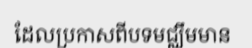
ដែលប្រកាសពីបទមជ្ឈឹមមាន